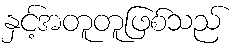
နှင့်အတူတူဖြစ်သည်